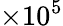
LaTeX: \times 10^{5}